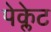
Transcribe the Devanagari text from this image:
पेक्लेट